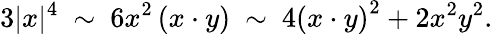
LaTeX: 3|x|^{4}~\sim~6x^{2}\left(x\cdot y\right)~\sim~4\left(x\cdot y\right)^{2}+2x^{2}y^{2}.